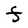
Character: F